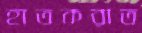
হাতকরাত